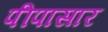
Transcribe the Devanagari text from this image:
पीपासार